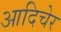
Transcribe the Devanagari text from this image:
आदिचेर